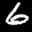
Label: 6